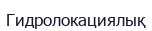
Гидролокациялық